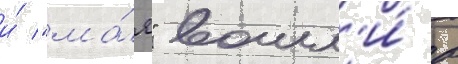
и́ "ма́я" вошл'и́ в